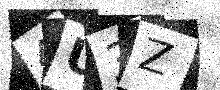
Text: 4U3Z